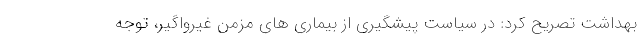
بهداشت تصریح کرد: در سیاست پیشگیری از بیماری های مزمن غیرواگیر، توجه